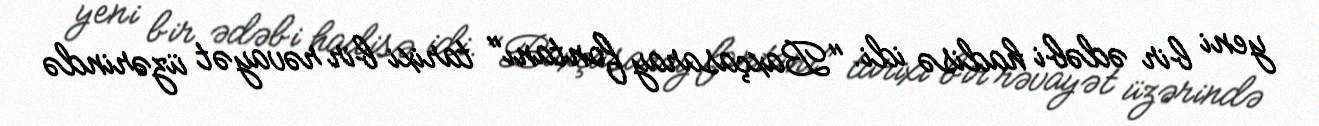
yeni bir ədəbi hadisə idi. "Baxçasaray fontanı" tarixi bir rəvayət üzərində